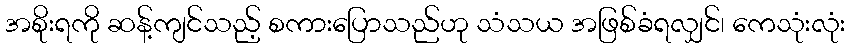
အစိုးရကို ဆန့်ကျင်သည့် စကားပြောသည်ဟု သံသယ အဖြစ်ခံရလျှင်၊ ကေသုံးလုံး